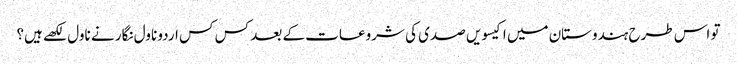
تو اس طرح ہندوستان میں اکیسویں صدی کی شروعات کے بعد کس کس اردو ناول نگار نے ناول لکھے ہیں؟